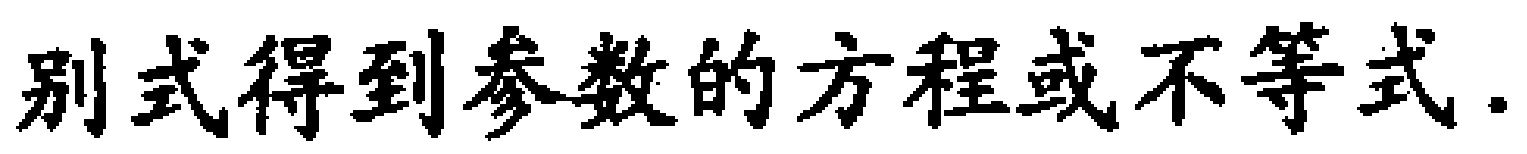
别式得到参数的方程或不等式.